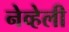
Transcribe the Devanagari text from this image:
नेव्हेली